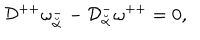
{ \cal D } ^ { + + } \omega _ { \breve { \alpha } } ^ { - } - { \cal D } _ { \breve { \alpha } } ^ { - } \omega ^ { + + } = 0 ,